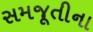
સમજૂતીના